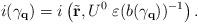
LaTeX: \begin{align*}i(\gamma_{\bf q}) = i\left(\tilde{\bf r}, U^{0}\; \varepsilon(b(\gamma_{\bf q}))^{-1} \right).\end{align*}